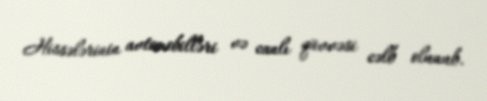
Hissələrinin avtomobilləri və canlı qüvvəsi cəlb olunub.